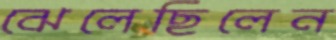
ঝেলেছিলেন